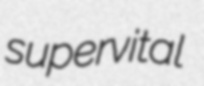
supervital